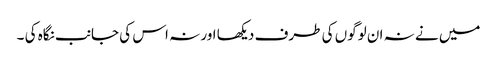
میں نے نہ ان لوگوں کی طرف دیکھا اور نہ اس کی جانب نگاہ کی ۔